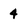
Character: 4